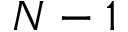
N - 1